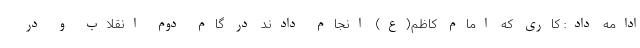
ادامه داد: کاری که امام کاظم(ع) انجام دادند در گام دوم انقلاب و در